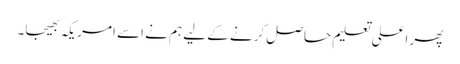
پھر اعلی تعلیم حاصل کرنے کے لیے ہم نے اسے امریکہ بھیجا۔